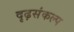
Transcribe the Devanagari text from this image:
दृढ़संकल्प